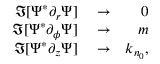
\begin{array} { r l r } { \Im [ \Psi ^ { * } \partial _ { r } \Psi ] } & { { } \rightarrow } & { 0 } \\ { \Im [ \Psi ^ { * } \partial _ { \phi } \Psi ] } & { { } \rightarrow } & { m } \\ { \Im [ \Psi ^ { * } \partial _ { z } \Psi ] } & { { } \rightarrow } & { k _ { n _ { 0 } } , } \end{array}